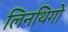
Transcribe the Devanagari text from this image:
लिनथिगो